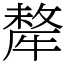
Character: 犛